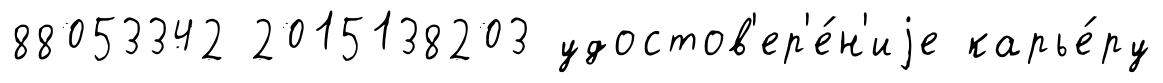
88053342 2015138203 удостов'ер'е́н'иjе карье́ру